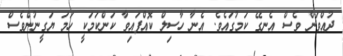
ދުއްވަން ވެސް އެނގޭ ކަމުގައެވެ. އެނާ ހާސިލް ކޮއްފައިވާ ކަންކަމަކީ ހަމަ ޔަގީނުންވެސް